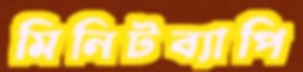
মিনিটব্যাপি